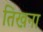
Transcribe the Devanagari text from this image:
तिखना